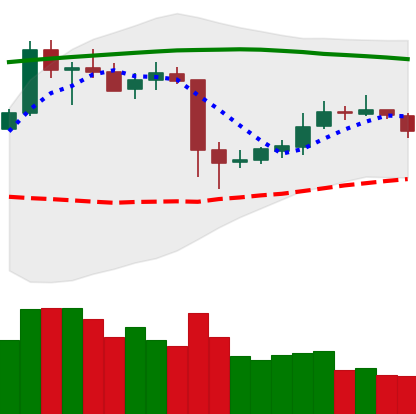
Ticker: ETC-USD
Chart end date: 2020-05-20
Forward return: 5.655%
Label: up_5_7